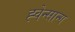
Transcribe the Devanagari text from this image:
ह्वेन्सान्ग